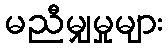
မညီမျှမှုများ